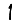
Digit: 1